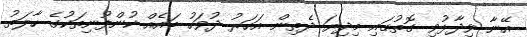
އޭނާ ވިދާޅުވި ގޮތުގައި މިދިޔަ ދެތިން އަހަރު ދުވަހު ބައެއް ކުންފުނިތަކުގެ ހާލަތު